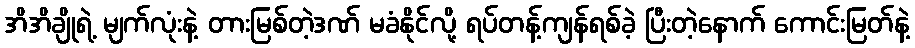
အိအိချိုရဲ့ မျက်လုံးနဲ့ တားမြစ်တဲ့ဒဏ် မခံနိုင်လို့ ရပ်တန့်ကျန်ရစ်ခဲ့ ပြီးတဲ့နောက် ကောင်းမြတ်နဲ့